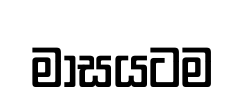
මාසයටම